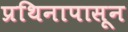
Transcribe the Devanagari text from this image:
प्रथिनापासून